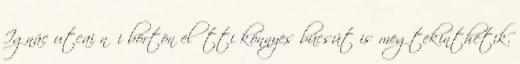
Ignác utcai női börtön előtti könnyes búcsút is megtekinthetik.